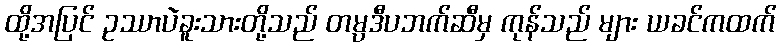
ထို့အပြင် ဥဿာပဲခူးသားတို့သည် တမ္ပဒီပဘက်ဆီမှ ကုန်သည် များ ယခင်ကထက်